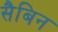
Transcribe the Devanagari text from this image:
सैबिन